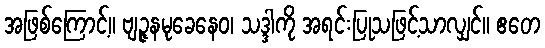
အဖြစ်ကြောင့်။ ဗျဉ္ဇနမုခေနေဝ၊ သဒ္ဒါကို အရင်းပြုသဖြင့်သာလျှင်။ ဧတေ